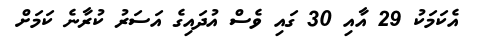
އެކަމަކު 29 އާއި 30 ގައި ވެސް އުދައިގެ އަސަރު ކުރާނެ ކަމަށް